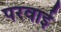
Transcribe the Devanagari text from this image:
परवाई